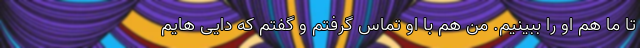
تا ما هم او را ببینیم. من هم با او تماس گرفتم و گفتم که دایی هایم